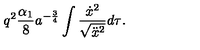
q ^ { 2 } \frac { \alpha _ { 1 } } { 8 } a ^ { - \frac 3 4 } \int { \frac { \dot { x } ^ { 2 } } { \sqrt { \ddot { x } ^ { 2 } } } d \tau } .